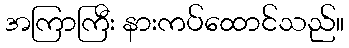
အကြာကြီး နားကပ်ထောင်သည်။